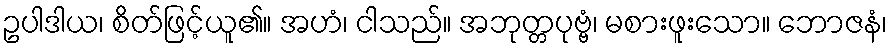
ဥပါဒါယ၊ စိတ်ဖြင့်ယူ၏။ အဟံ၊ ငါသည်။ အဘုတ္တပုဗ္ဗံ၊ မစားဖူးသော။ ဘောဇနံ၊